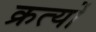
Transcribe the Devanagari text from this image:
क्रत्यों